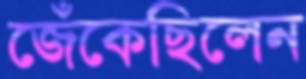
জেঁকেছিলেন